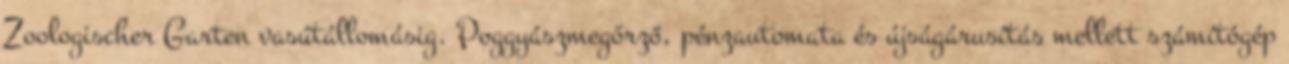
Zoologischer Garten vasútállomásig. Poggyászmegőrző, pénzautomata és újságárusítás mellett számítógép